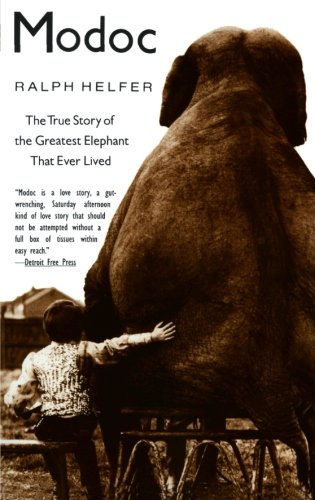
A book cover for Modoc: The True Story of the Greatest Elephant That Ever Lived; Ralph Helfer; Humor & Entertainment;